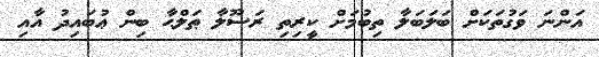
އަންނަ ވަގުތަކަށް ބަލަބަލާ ތިބުމަށް ކީރިތި ރަސޫލާ ޠަލްޙާ ބިން ޢުބައިދު އާއި